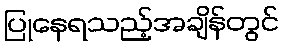
ပြုနေရသည့်အချိန်တွင်